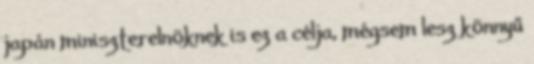
japán miniszterelnöknek is ez a célja, mégsem lesz könnyű